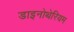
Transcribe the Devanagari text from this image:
डाइनोथेरियम